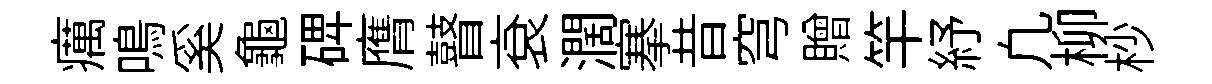
癘鳴奚龜𥓓膺瞽袞濶搴昔穹贈竿紓凢柳杪